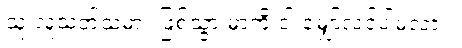
သူ လူသတ်သမား ဖြစ်သွားမှာကို ငါ မျှော့်လင့်ပါ့မလား။